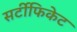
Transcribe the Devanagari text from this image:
सर्टीफिकेट